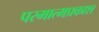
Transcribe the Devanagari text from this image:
परमात्मप्रकाश